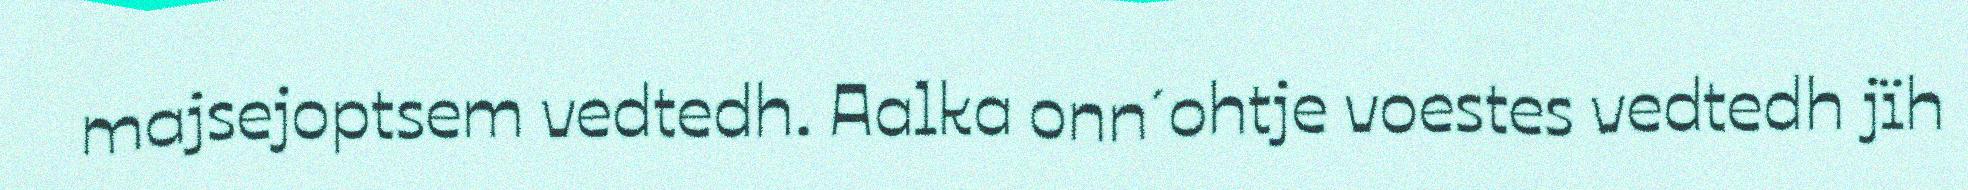
majsejoptsem vedtedh. Aalka onn´ohtje voestes vedtedh jïh